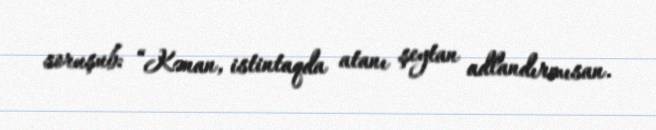
soruşub: “Kənan, istintaqda atanı şeytan adlandırmısan.